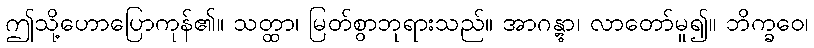
ဤသို့ဟောပြောကုန်၏။ သတ္ထာ၊ မြတ်စွာဘုရားသည်။ အာဂန္တွာ၊ လာတော်မူ၍။ ဘိက္ခဝေ၊